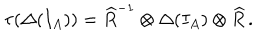
\tau ( \Delta ( I _ { A } ) ) = \widehat { R } ^ { - 1 } \otimes \Delta ( I _ { A } ) \otimes \widehat { R } \, .